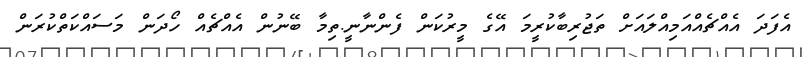
އެފަދަ އެއްޗެއްއަމިއްލައަށް ތަޖުރިބާކުރީމަ އޭގެ މީރުކަން ފެންނާނީ.ތިމާ ބޭނުން އެއްޗެއް ހޯދަން މަސައްކަތްކުރަން